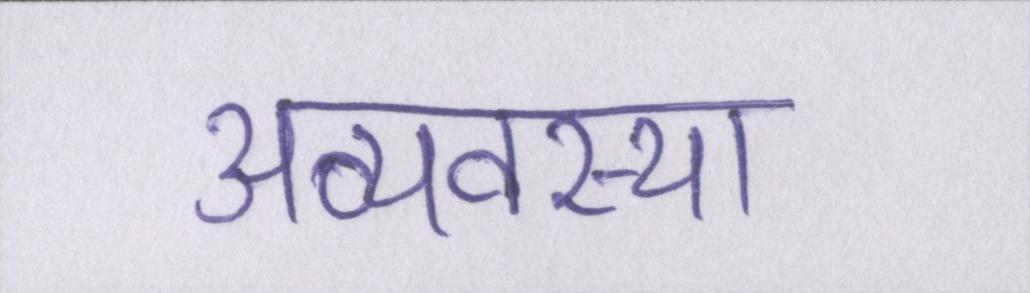
अव्यवस्था